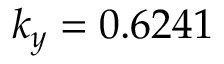
k _ { y } = 0 . 6 2 4 1